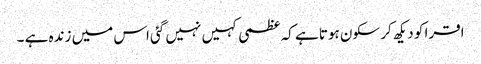
اقرا کو دیکھ کر سکون ہوتا ہے کہ عظمی کہیں نہیں گئی اس میں زندہ ہے ۔